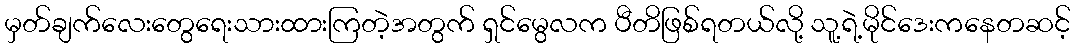
မှတ်ချက်လေးတွေရေးသားထားကြတဲ့အတွက် ရှင်မွေလက ပီတိဖြစ်ရတယ်လို့ သူ့ရဲ့မိုင်ဒေးကနေတဆင့်